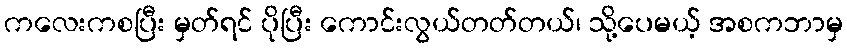
ကလေးကစပြီး မှတ်ရင် ပိုပြီး ကောင်းလွယ်တတ်တယ်၊ သို့ပေမယ့် အစကဘာမှ